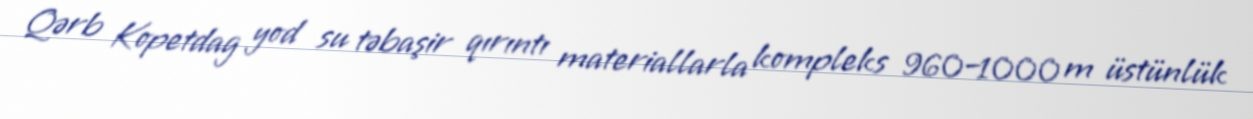
Qərb Kopetdag yod su təbaşir qırıntı materiallarla kompleks 960–1000 m üstünlük